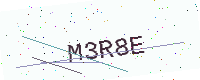
Text: M3R8E